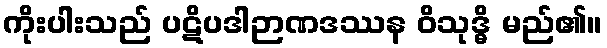
ကိုးပါးသည် ပဋိပဒါဉာဏဒဿန ဝိသုဒ္ဓိ မည်၏။